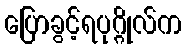
ပြောခွင့်ရပုဂ္ဂိုလ်က